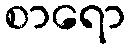
စာရော